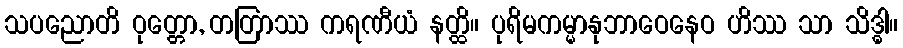
သပညောတိ ဝုတ္တော, တတြာဿ ကရဏီယံ နတ္ထိ။ ပုရိမကမ္မာနုဘာဝေနေဝ ဟိဿ သာ သိဒ္ဓါ။